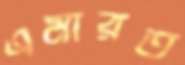
এমারত